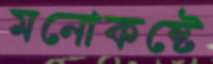
মনোকষ্টে